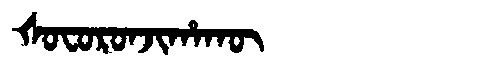
Manchu: ᡧᠣᠸᠣᡵᠣᠨᠵᡳᡥᠠᡴᡡ
Romanization: ŠOFORONJIHAKŪ